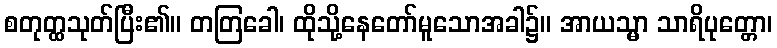
စတုတ္ထသုတ်ပြီး၏။ တတြခေါ၊ ထိုသို့နေတော်မူသောအခါ၌။ အာယသ္မာ သာရိပုတ္တော၊